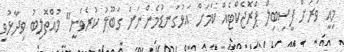
މިއީ ވަރަށް ފީސިބިލް ޕްރޮޖެކްޓެއް ކަމަށް އަޅުގަނޑުމެންނަށް ގަބޫލު ކުރެވެނީ" މުއްތޮލިބު ވިދާޅުވި